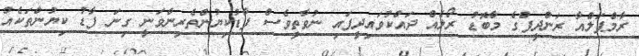
ރާމްޕަލްއާ ރަންދީޕްގެ މާބޮޑު ރޯލެއް ދައްކުވައިދީފައި ނުވާތީވެސް ފާޑުކިޔުންތެރިންވަނީ ގިނަ ފާޑު ކިޔުންތަކެއް